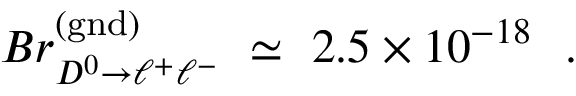
{ \cal B } r _ { D ^ { 0 } \to \ell ^ { + } \ell ^ { - } } ^ { \mathrm { ( g n d ) } } \ \simeq \ 2 . 5 \times 1 0 ^ { - 1 8 } \ \ .